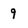
Character: g